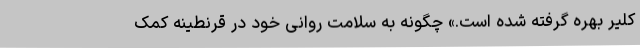
کلیر بهره گرفته شده است.» چگونه به سلامت روانی خود در قرنطینه کمک